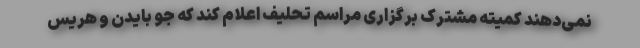
نمی‌دهند کمیته مشترک برگزاری مراسم تحلیف اعلام کند که جو بایدن و هریس